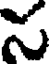
న